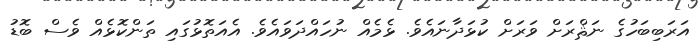
އަރަބިބަހުގެ ނަޘްރަށް ވަރަށް ކުޅަދާނައެވެ. ޅެމެއް ނުހައްދަވައެވެ. އެއަތޮޅުގައި ތަންކޮޅެއް ވެސް ބޮޑު